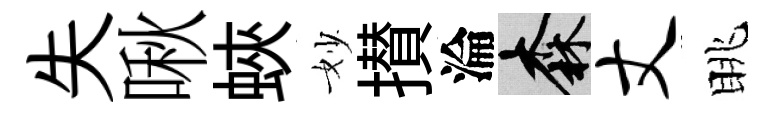
失啾蛺妙攅淪森丈眺